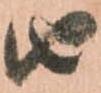
由